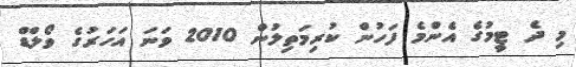
މި ދެ ޓީމުގެ އެންމެ ފަހުން ކުރިމަތިލުން 2010 ވަނަ އަހަރުގެ ވޯލްޑް